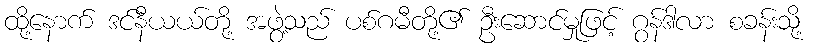
ထို့နောက် ဒင်နီယယ်တို့ အဖွဲ့သည် ပစ်ဂမီတို့၏ ဦးဆောင်မှုဖြင့် ဂွန်ဒါလာ စခန်းသို့